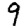
Digit: 9